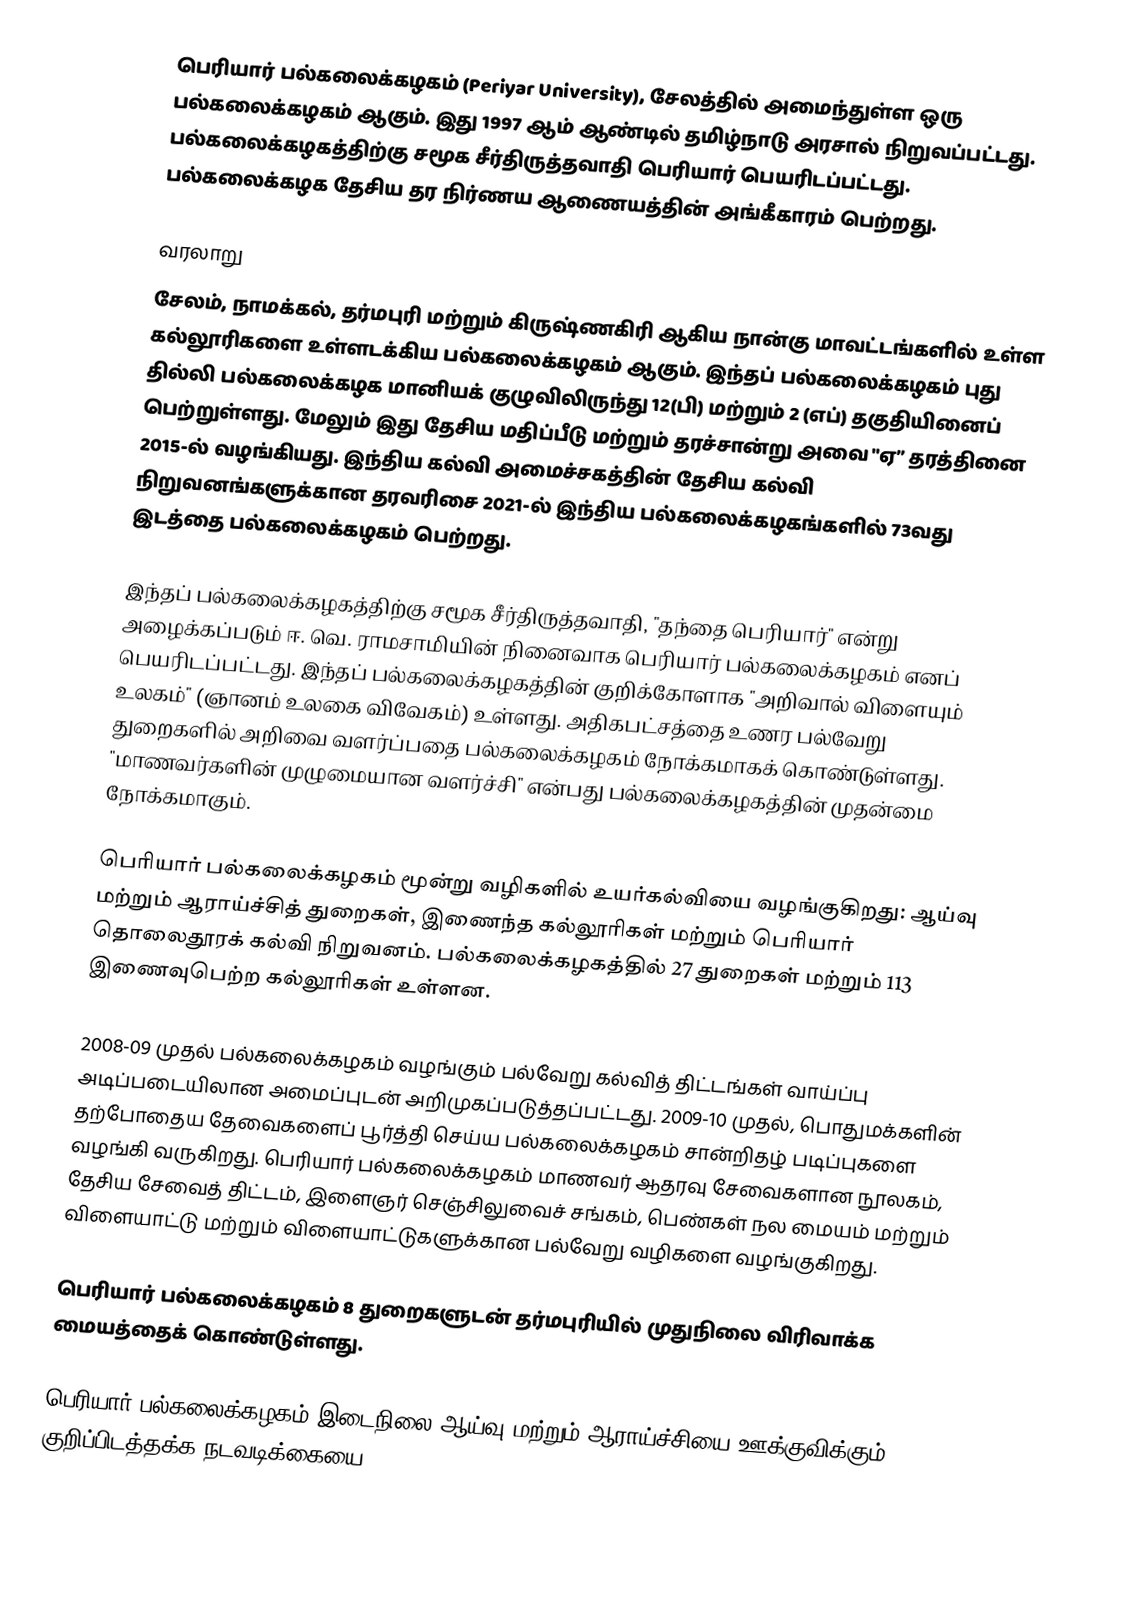
பெரியார்  பல்கலைக்கழகம் (Periyar University), சேலத்தில் அமைந்துள்ள ஒரு பல்கலைக்கழகம் ஆகும். இது 1997 ஆம் ஆண்டில் தமிழ்நாடு அரசால் நிறுவப்பட்டது. பல்கலைக்கழகத்திற்கு சமூக சீர்திருத்தவாதி பெரியார் பெயரிடப்பட்டது. பல்கலைக்கழக தேசிய தர நிர்ணய ஆணையத்தின் அங்கீகாரம் பெற்றது.

வரலாறு
சேலம், நாமக்கல், தர்மபுரி மற்றும் கிருஷ்ணகிரி ஆகிய நான்கு மாவட்டங்களில் உள்ள கல்லூரிகளை உள்ளடக்கிய பல்கலைக்கழகம் ஆகும். இந்தப் பல்கலைக்கழகம் புது தில்லி பல்கலைக்கழக மானியக் குழுவிலிருந்து 12(பி) மற்றும் 2 (எப்) தகுதியினைப் பெற்றுள்ளது. மேலும் இது தேசிய மதிப்பீடு மற்றும் தரச்சான்று அவை "ஏ” தரத்தினை 2015-ல் வழங்கியது. இந்திய கல்வி அமைச்சகத்தின் தேசிய கல்வி நிறுவனங்களுக்கான தரவரிசை 2021-ல் இந்திய பல்கலைக்கழகங்களில் 73வது இடத்தை பல்கலைக்கழகம் பெற்றது.

இந்தப் பல்கலைக்கழகத்திற்கு சமூக சீர்திருத்தவாதி, "தந்தை பெரியார்" என்று அழைக்கப்படும் ஈ. வெ. ராமசாமியின் நினைவாக பெரியார் பல்கலைக்கழகம் எனப் பெயரிடப்பட்டது. இந்தப் பல்கலைக்கழகத்தின் குறிக்கோளாக "அறிவால் விளையும் உலகம்" (ஞானம் உலகை விவேகம்) உள்ளது. அதிகபட்சத்தை உணர பல்வேறு துறைகளில் அறிவை வளர்ப்பதை பல்கலைக்கழகம் நோக்கமாகக் கொண்டுள்ளது. "மாணவர்களின் முழுமையான வளர்ச்சி" என்பது பல்கலைக்கழகத்தின் முதன்மை நோக்கமாகும்.

பெரியார் பல்கலைக்கழகம் மூன்று வழிகளில் உயர்கல்வியை வழங்குகிறது: ஆய்வு மற்றும் ஆராய்ச்சித் துறைகள், இணைந்த கல்லூரிகள் மற்றும் பெரியார் தொலைதூரக் கல்வி நிறுவனம். பல்கலைக்கழகத்தில் 27 துறைகள் மற்றும் 113 இணைவுபெற்ற கல்லூரிகள் உள்ளன.

2008-09 முதல் பல்கலைக்கழகம் வழங்கும் பல்வேறு கல்வித் திட்டங்கள் வாய்ப்பு அடிப்படையிலான அமைப்புடன் அறிமுகப்படுத்தப்பட்டது. 2009-10 முதல், பொதுமக்களின் தற்போதைய தேவைகளைப் பூர்த்தி செய்ய பல்கலைக்கழகம் சான்றிதழ் படிப்புகளை வழங்கி வருகிறது. பெரியார் பல்கலைக்கழகம் மாணவர் ஆதரவு சேவைகளான நூலகம், தேசிய சேவைத் திட்டம், இளைஞர் செஞ்சிலுவைச் சங்கம், பெண்கள் நல மையம் மற்றும் விளையாட்டு மற்றும் விளையாட்டுகளுக்கான பல்வேறு வழிகளை வழங்குகிறது.

பெரியார் பல்கலைக்கழகம் 8 துறைகளுடன் தர்மபுரியில் முதுநிலை விரிவாக்க மையத்தைக் கொண்டுள்ளது.

பெரியார் பல்கலைக்கழகம் இடைநிலை ஆய்வு மற்றும் ஆராய்ச்சியை ஊக்குவிக்கும் குறிப்பிடத்தக்க நடவடிக்கையை